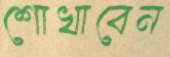
শোখাবেন